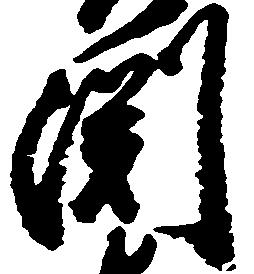
淵